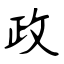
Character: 政